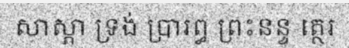
សាស្តា ទ្រង់ ប្រារឰ ព្រះនន្ទ ត្ថេរ